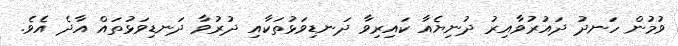
ވުމުން ހަނދު ދައުރުވާއިރު ދުނިޔެއާ ކައިރިވާ ދަނޑިވަޅުތަކާއި ދުރުވާ ދަނޑިވަޅުތައް އާދެ އެވެ.